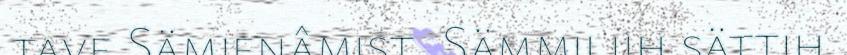
tave Sämienâmist. Sämmiliih sättih